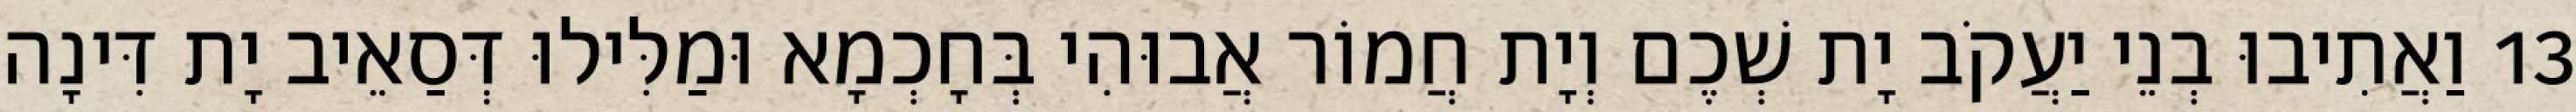
13 וַאֲתִיבוּ בְנֵי יַעֲקֹב יָת שְׁכֶם וְיָת חֲמוֹר אֲבוּהִי בְּחָכְמָא וּמַלִּילוּ דְּסַאֵיב יָת דִּינָה